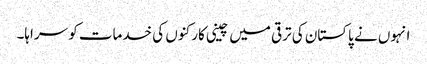
انہوں نے پاکستان کی ترقی میں چینی کارکنوں کی خدمات کو سراہا۔